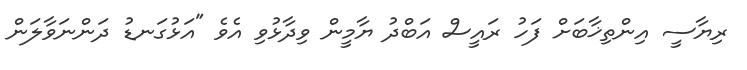
ރިޔާސީ އިންތިޚާބަށް ފަހު ރައީސް އަބްދު ޔާމީން ވިދާޅުވި އެވެ "އަޅުގަނޑު ދަންނަވާލަން